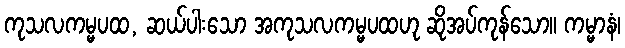
ကုသလကမ္မပထ, ဆယ်ပါးသော အကုသလကမ္မပထဟု ဆိုအပ်ကုန်သော။ ကမ္မာနံ၊